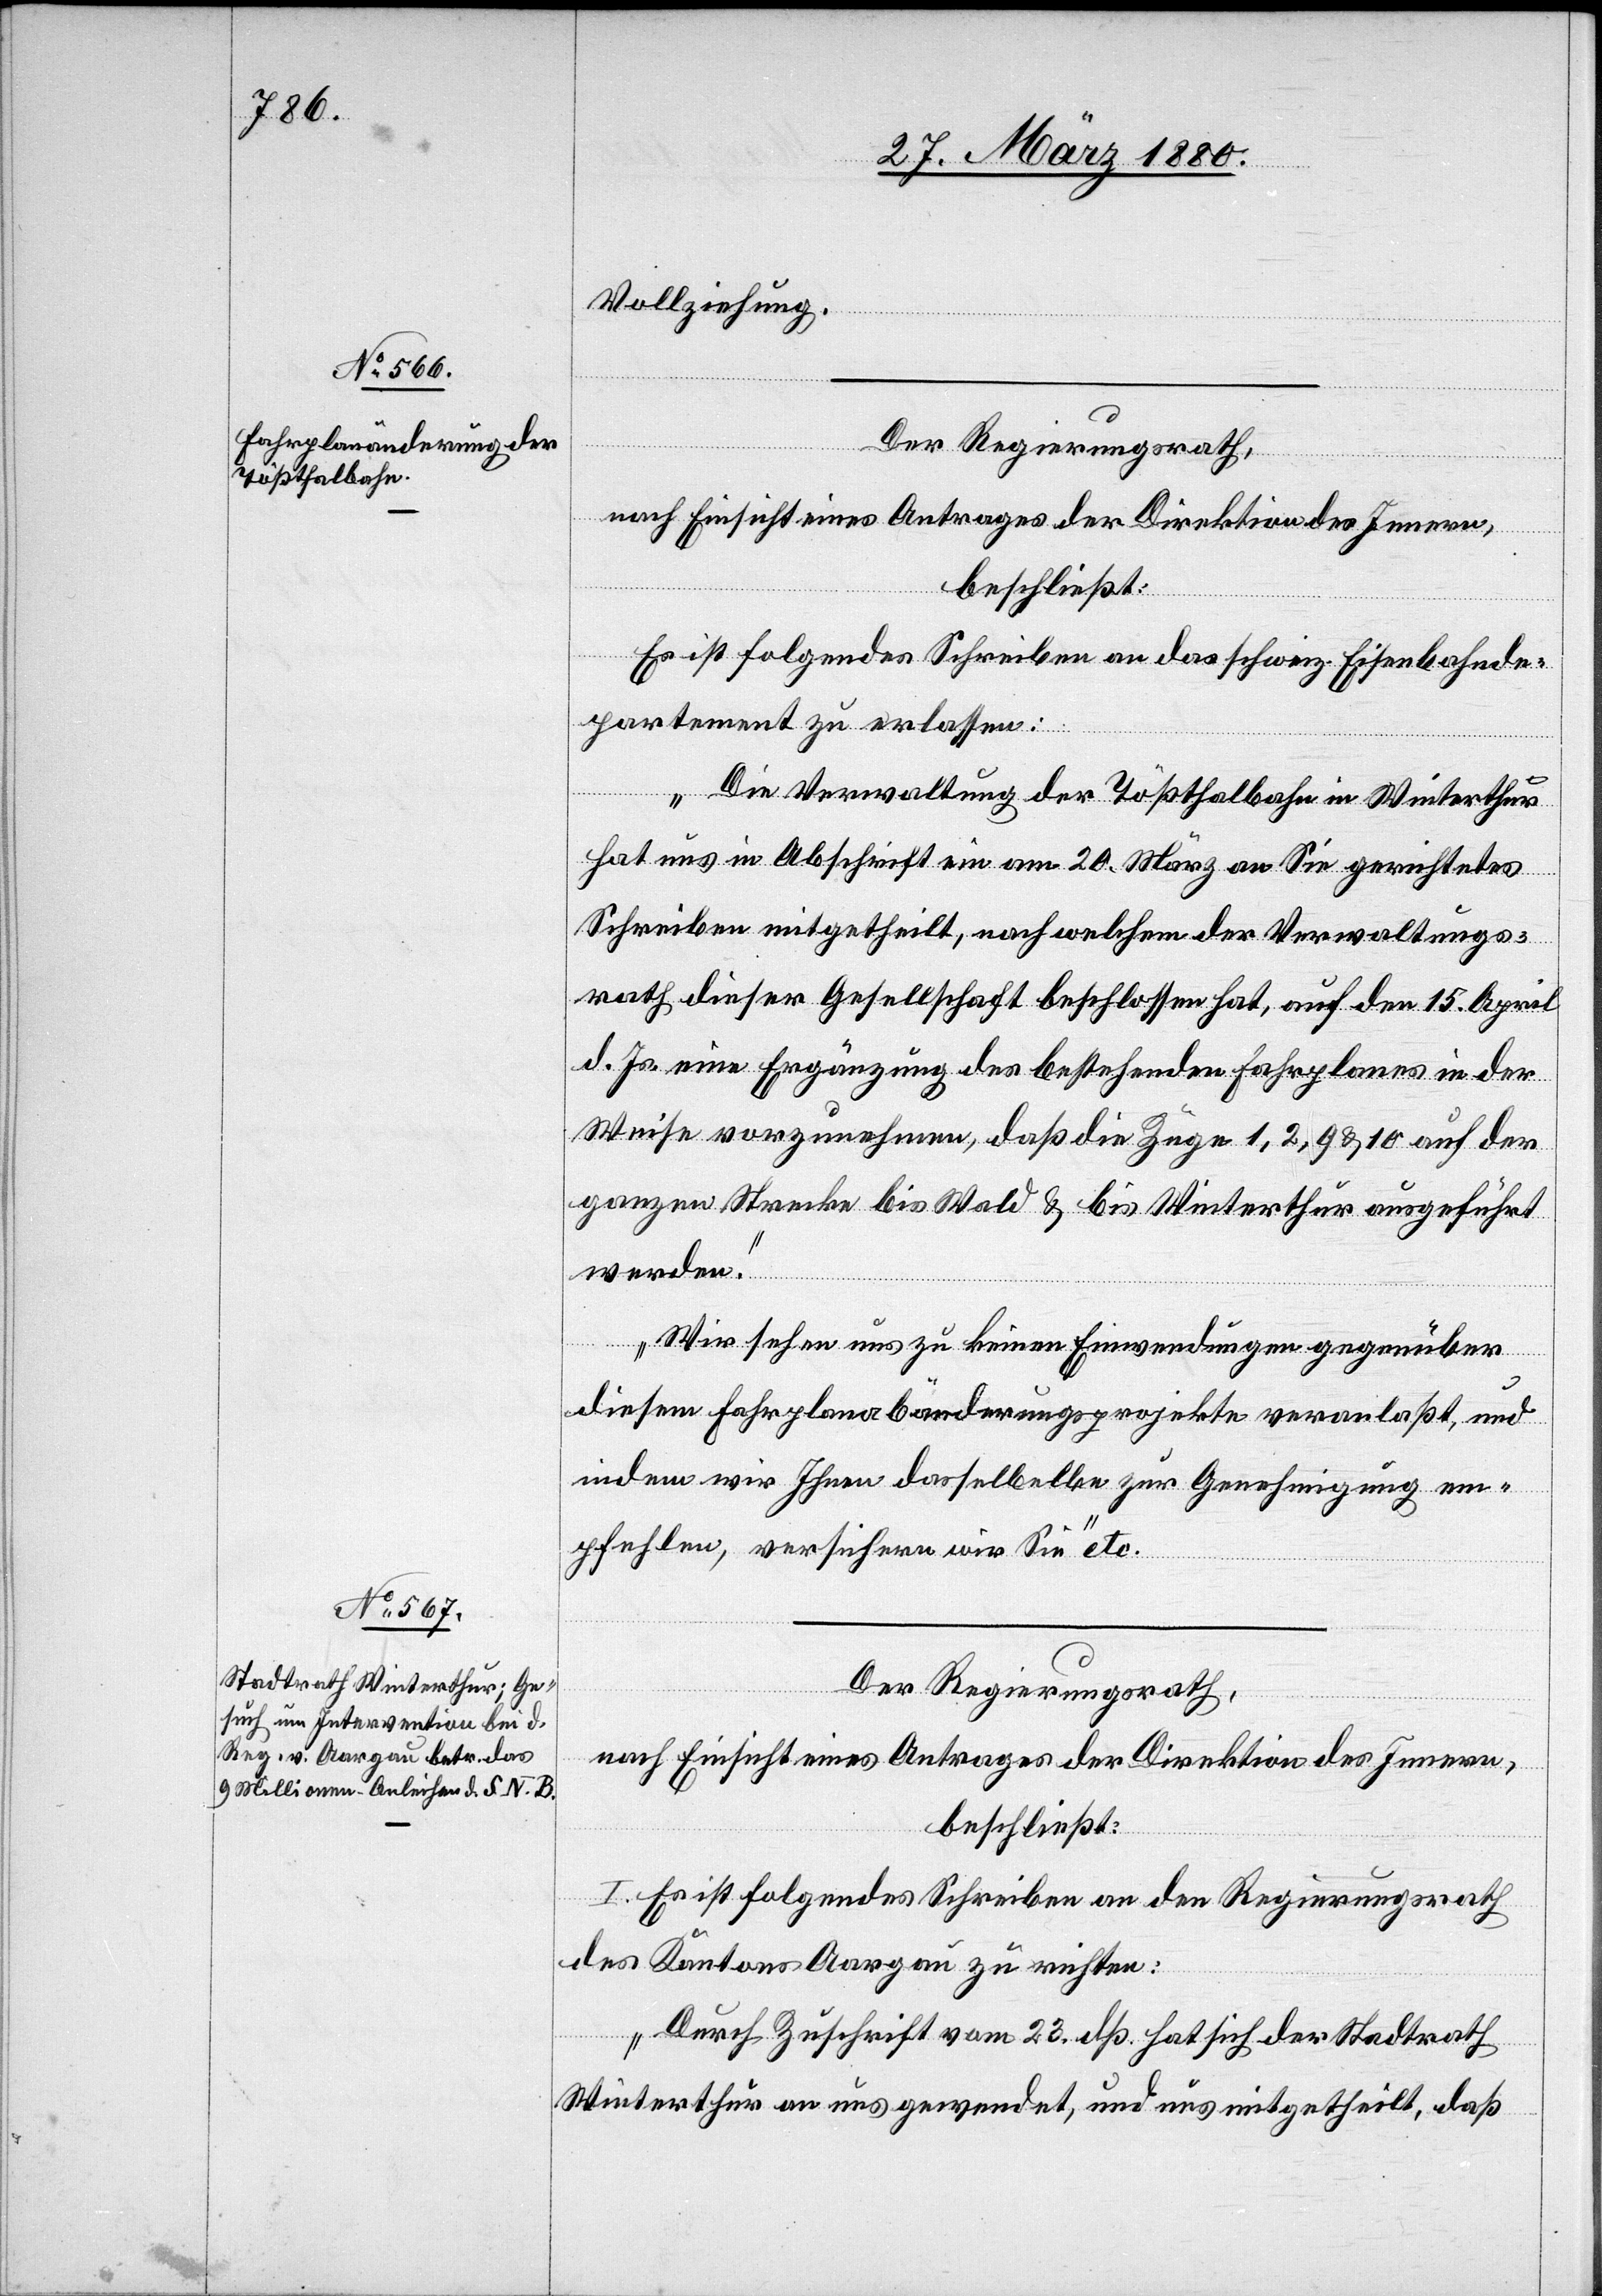
Vollziehung.
Der Regierungsrath;
nach Einsicht eines Antrages der Direktion des Innern,
beschließt:
Es ist folgendes Schreiben an das schweiz. Eisenbahnde¬
partement zu erlassen:
„Die Verwaltung der Tößthalbahn in Winterthur
hat uns in Abschrift ein am 20. März an Sie gerichtetes
Schreiben mitgetheilt, nach welchem der Verwaltungs¬
rath dieser Gesellschaft beschlossen hat, auf den 15. April
d. Js. eine Ergänzung des bestehenden Fahrplanes in der
Weise vorzunehmen, daß die Zuge 1, 2, 9 & 10 auf der
ganzen Strecke bis Wald & bis Winterthur ausgeführt
werden.
Wir sehen uns zu keinen Einwendungen gegenüber
diesem Fahrplanabänderungsprojekte veranlaßt, und
indem wir Ihnen dasselbe zur Genehmigung em¬
pfehlen, versichern wir Sie“ etc.
Der Regierungsrath,
nach Einsicht eines Antrages der Direktion des Innern,
beschließt:
I. Es ist folgendes Schreiben an den Regierungsrath
des Kantons Aargau zu richten:
„Durch Zuschrift vom 23. dß. hat sich der Stadtrath
Winterthur an uns gewendet, und uns mitgetheilt, daß